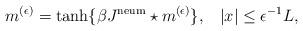
LaTeX: \begin{align*}m^{(\epsilon)}=\tanh\{\beta J^{\mathrm{neum}}\star m^{(\epsilon)}\},\;\;\; |x|\leq\epsilon^{-1}L,\end{align*}